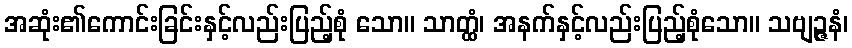
အဆုံး၏ကောင်းခြင်းနှင့်လည်းပြည့်စုံ သော။ သာတ္ထံ၊ အနက်နှင့်လည်းပြည့်စုံသော။ သဗျဉ္ဇနံ၊